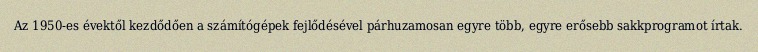
Az 1950-es évektől kezdődően a számítógépek fejlődésével párhuzamosan egyre több, egyre erősebb sakkprogramot írtak.